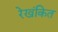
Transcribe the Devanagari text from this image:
रेखंकित